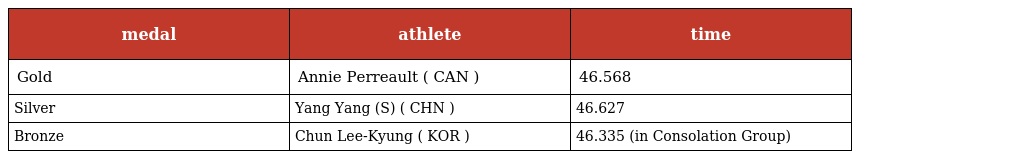
| medal | athlete | time |
 | --- | --- | --- |
 | Gold | Annie Perreault ( CAN ) | 46.568 |
 | Silver | Yang Yang (S) ( CHN ) | 46.627 |
 | Bronze | Chun Lee-Kyung ( KOR ) | 46.335 (in Consolation Group) |